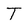
Character: T